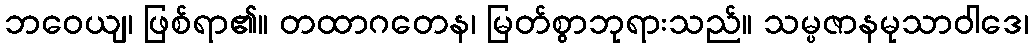
ဘဝေယျ၊ ဖြစ်ရာ၏။ တထာဂတေန၊ မြတ်စွာဘုရားသည်။ သမ္ပဇာနမုသာဝါဒေ၊